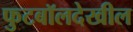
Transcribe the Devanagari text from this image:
फुटबॉलदेखील